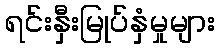
ရင်းနှီးမြုပ်နှံမှုများ